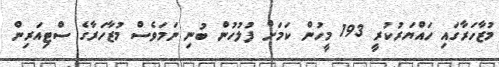
މުޒާހަރާގައި ހައްޔަރުކުރީ 193 މީހުން ކަމަށް ފުލުހުން ބުނި ނަމަވެސް މުޒާހަރާގެ ސްޓިއަރިން